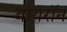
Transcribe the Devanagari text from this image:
बायराॅन